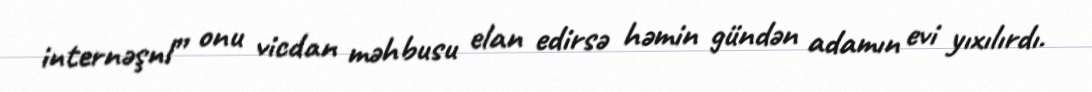
internəşnl” onu vicdan məhbusu elan edirsə həmin gündən adamın evi yıxılırdı.